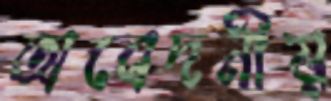
অবেদনীয়